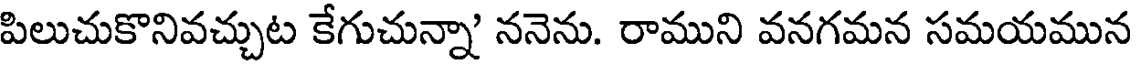
పిలుచుకొనివచ్చుట కేగుచున్నా' ననెను. రాముని వనగమన సమయమున